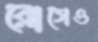
রোগেও